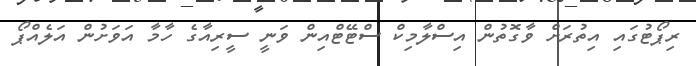
ރިޕޯޓުގައި އިތުރަށް ވާގޮތުން އިސްލާމިކް ސްޓޭޓްއިން ވަނީ ސީރިއާގެ ހާމާ އަވަށުން އަލެއްޕޯ